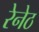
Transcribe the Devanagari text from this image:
रेनेठ